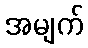
အမျက်